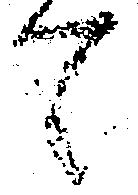
て